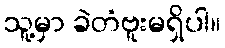
သူ့မှာ ခဲတံဗူးမရှိပါ။